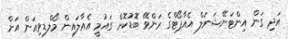
އަދި ގަން އިންޓަނޭޝަނަލް އެއާޕޯޓްގެ ރަންވޭ ބޮޑުކޮށް ގައުމީ އެއާލައިން މޯލްޑިވިއަން އަށް